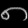
Digit: ၈